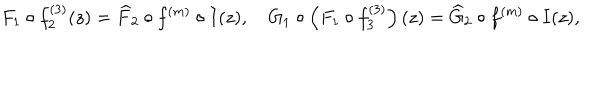
LaTeX: F _ { 1 } \circ f _ { 2 } ^ { ( 3 ) } ( z ) = \widehat { F } _ { 2 } \circ f ^ { ( m ) } \circ I ( z ) , \quad G _ { 1 } \circ \left( F _ { 1 } \circ f _ { 3 } ^ { ( 3 ) } \right) ( z ) = \widehat { G } _ { 2 } \circ f ^ { ( m ) } \circ I ( z ) ,